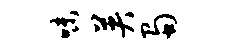
味英蜀